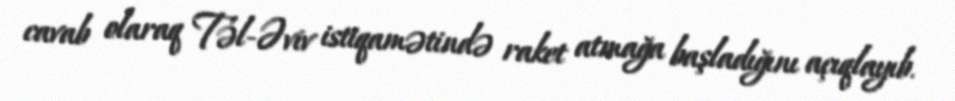
cavab olaraq Təl-Əviv istiqamətində raket atmağa başladığını açıqlayıb.